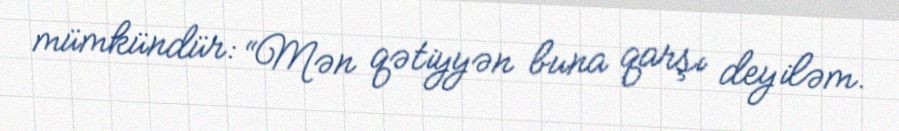
mümkündür: “Mən qətiyyən buna qarşı deyiləm.